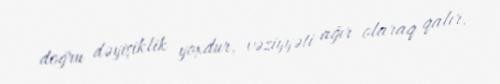
doğru dəyişiklik yoxdur, vəziyyəti ağır olaraq qalır.